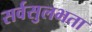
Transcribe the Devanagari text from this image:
सर्वसुलभता